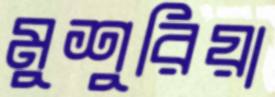
মুশুরিয়া